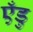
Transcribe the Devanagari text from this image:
एँडु